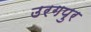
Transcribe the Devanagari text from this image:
उरगपुर